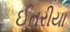
ઈતરીયા